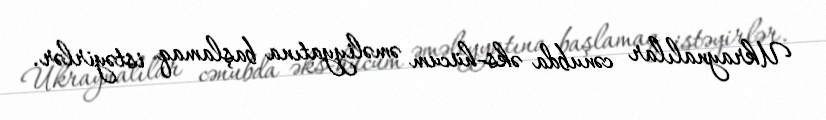
Ukraynalılar cənubda əks-hücum əməliyyatına başlamaq istəyirlər.